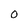
Character: O